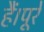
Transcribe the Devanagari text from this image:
हैं।पूरे